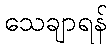
သေချာရန်